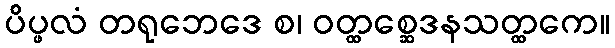
ပိပ္ဖလံ တရုဘေဒေ စ၊ ဝတ္ထစ္ဆေဒနသတ္ထကေ။